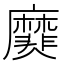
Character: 𪎫